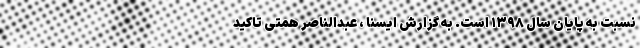
نسبت به پایان سال ۱۳۹۸ است. به گزارش ایسنا ، عبدالناصر همتی تاکید